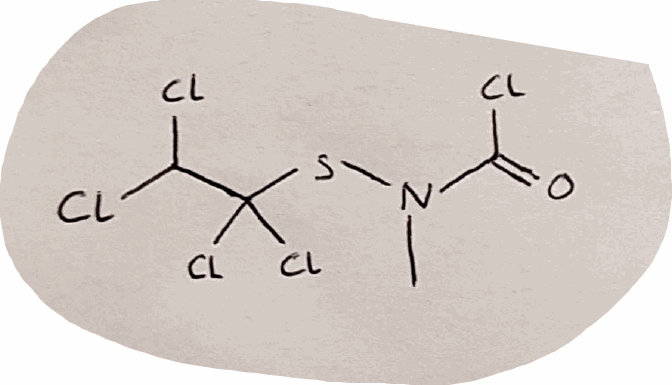
Simplified molecular-input line-entry system (SMILES) notation of the given molecule:
CN(C(=O)Cl)SC(C(Cl)Cl)(Cl)Cl